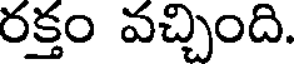
రక్తం వచ్చింది.